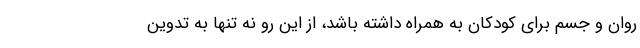
روان و جسم برای کودکان به همراه داشته باشد، از این رو نه تنها به تدوین